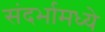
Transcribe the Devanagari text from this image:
संदर्भामध्ये